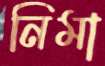
নিমা